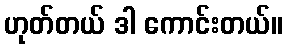
ဟုတ်တယ် ဒါ ကောင်းတယ်။